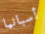
أسبانيا